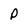
Character: P